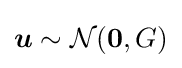
{\boldsymbol {u}}\sim {\mathcal {N}}({\boldsymbol {0}},G)